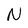
Character: N